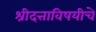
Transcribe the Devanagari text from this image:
श्रीदत्ताविषयीचे